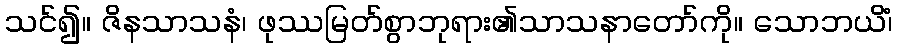
သင်၍။ ဇိနသာသနံ၊ ဖုဿမြတ်စွာဘုရား၏သာသနာတော်ကို။ သောဘယိံ၊